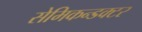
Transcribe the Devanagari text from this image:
सेमिकन्डक्टर